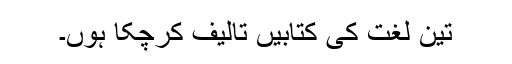
تین لغت کی کتابیں تالیف کرچکا ہوں۔